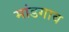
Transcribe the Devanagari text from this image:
मांडगाव